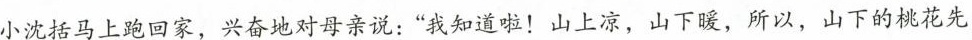
小沈括马上跑回家，兴奋地对母亲说：”我知道啦！山上凉，山下暖，所以，山下的桃花先